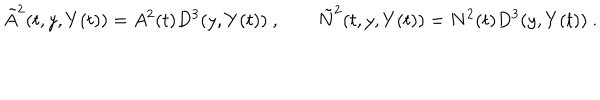
\tilde { A } ^ { 2 } ( t , y , Y ( t ) ) = A ^ { 2 } ( t ) D ^ { 3 } ( y , Y ( t ) ) \ , \qquad \tilde { N } ^ { 2 } ( t , y , Y ( t ) ) = N ^ { 2 } ( t ) D ^ { 3 } ( y , Y ( t ) ) \ .